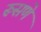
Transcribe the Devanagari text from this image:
रूसणे